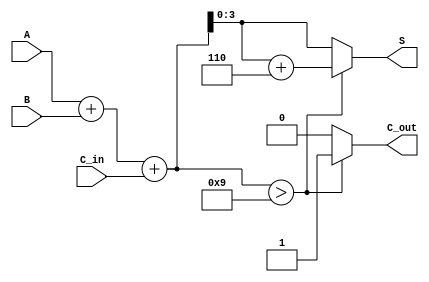
module BCD_Hybrid_Adder (
    input [3:0] A,     // First BCD digit
    input [3:0] B,     // Second BCD digit
    input C_in,        // Carry-in
    output reg [3:0] S, // BCD Sum output
    output reg C_out    // Carry-out
);

    wire [4:0] sum;    // 5-bit sum to account for carry
    wire [4:0] corrected_sum; // Sum after potential BCD correction

    // Step 1: Perform binary addition
    assign sum = A + B + C_in; // 5-bit to capture carry

    // Step 2: BCD Correction Logic
    always @* begin
        if (sum > 9) begin
            corrected_sum = sum + 6; // Adjust if sum > 9
            C_out = 1;                // Set carry-out
        end else begin
            corrected_sum = sum;      // No correction needed
            C_out = 0;                // No carry-out
        end

        // Step 3: Assign the final sum
        S = corrected_sum[3:0]; // Take the lower 4 bits as output
    end

endmodule